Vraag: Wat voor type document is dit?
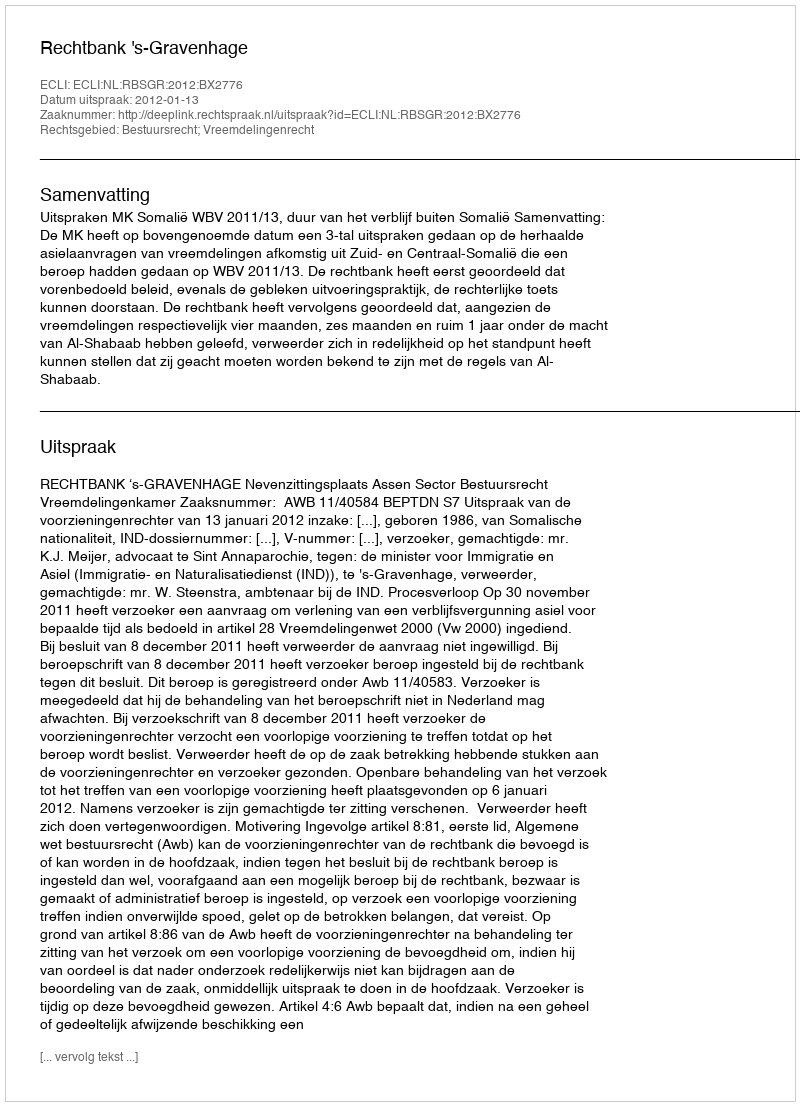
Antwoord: Uitspraak